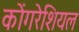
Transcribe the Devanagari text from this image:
कोंगरेशियल